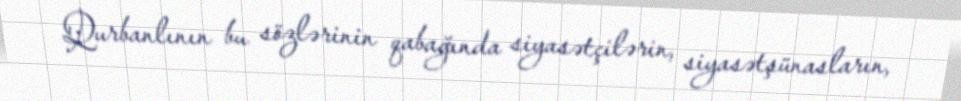
Qurbanlının bu sözlərinin qabağında siyasətçilərin, siyasətşünasların,